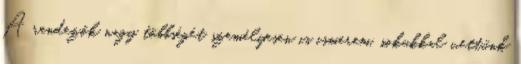
A rendezők nagy többségét személyesen is ismerem, sokukkal vettünk